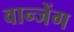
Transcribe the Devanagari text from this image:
वान्जेंग